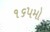
૧૬૫મો